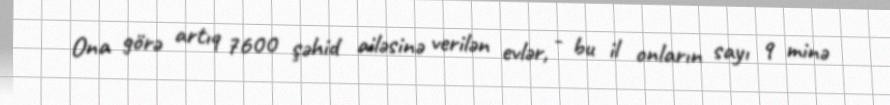
Ona görə artıq 7600 şəhid ailəsinə verilən evlər, - bu il onların sayı 9 minə